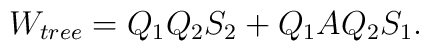
W_{tree}= Q_1 Q_2 S_2 + Q_1 A Q_2 S_1.